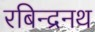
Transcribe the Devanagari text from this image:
रबिन्द्रनथ